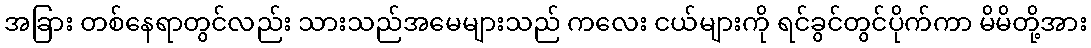
အခြား တစ်နေရာတွင်လည်း သားသည်အမေများသည် ကလေး ငယ်များကို ရင်ခွင်တွင်ပိုက်ကာ မိမိတို့အား